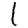
Digit: 1